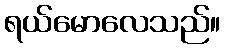
ရယ်မောလေသည်။